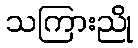
သကြားညို